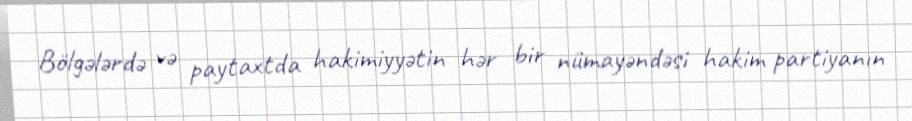
Bölgələrdə və paytaxtda hakimiyyətin hər bir nümayəndəsi hakim partiyanın